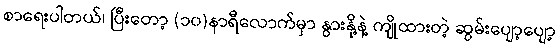
စာရေးပါတယ်၊ ပြီးတော့ (၁၀)နာရီလောက်မှာ နွားနို့နဲ့ ကျိုထားတဲ့ ဆွမ်းပျော့ပျော့